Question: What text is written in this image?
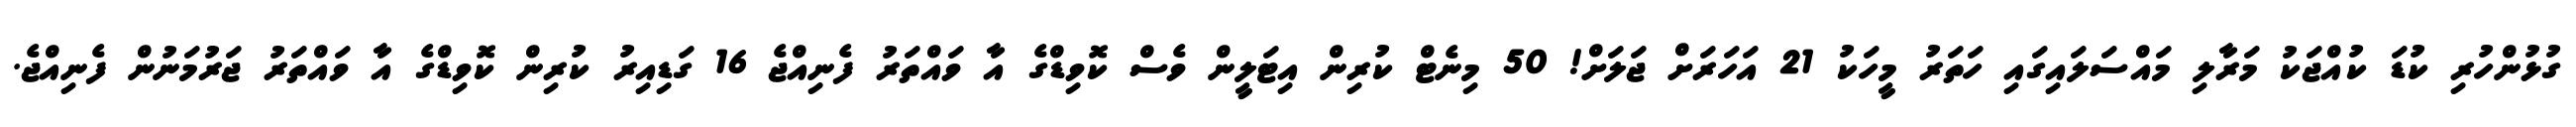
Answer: ގުޅުންހުރި ކުޑަ ކުއްޖަކު މަރާލި މައްސަލައިގައި ހަތަރު މީހަކު 21 އަހަރަށް ޖަލަށް! 50 މިނެޓް ކުރިން އިޓަލީން ވެސް ކޮވިޑްގެ އާ ވައްތަރު ފެނިއްޖެ 16 ގަޑިއިރު ކުރިން ކޮވިޑްގެ އާ ވައްތަރު ޖަރުމަނުން ފެނިއްޖެ.